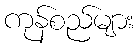
ကုန်စည်များ